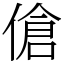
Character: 傖